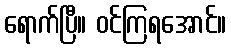
ရောက်ပြီ။ ဝင်ကြရအောင်။